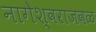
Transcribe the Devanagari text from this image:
नागेश्वराजवळ